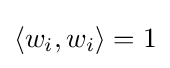
\textstyle \langle w_{i},w_{i}\rangle =1